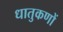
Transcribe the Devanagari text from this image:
धातुकणों